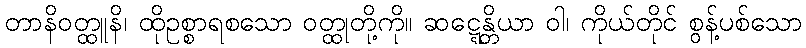
တာနိဝတ္ထူနိ၊ ထိုဥစ္စာရစသော ဝတ္ထုတို့ကို။ ဆဋ္ဋေန္တိယာ ဝါ၊ ကိုယ်တိုင် စွန့်ပစ်သော